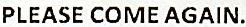
PLEASE COME AGAIN.